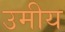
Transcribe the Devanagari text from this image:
उमीय